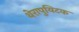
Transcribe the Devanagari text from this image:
थेरापुयिटक